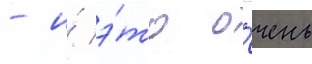
- и́ э́то о́чень